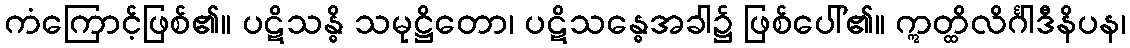
ကံကြောင့်ဖြစ်၏။ ပဋိသန္ဓိ သမုဋ္ဌိတော၊ ပဋိသန္ဓေအခါ၌ ဖြစ်ပေါ်၏။ ဣတ္ထိလိင်္ဂါဒီနိပန၊